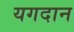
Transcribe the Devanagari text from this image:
यगदान